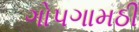
ગોપગામઠી